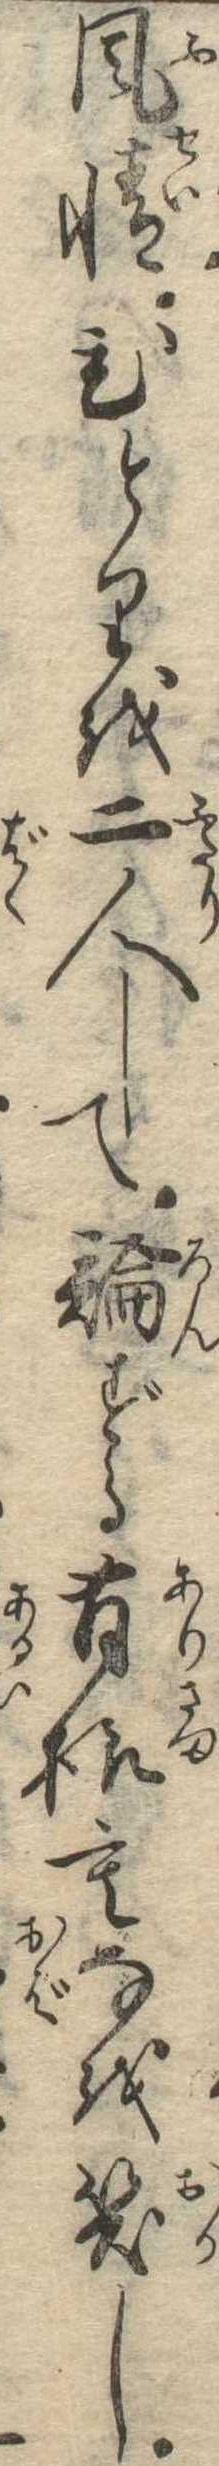
風情ひとりを二人して論ずる有様もなを笑し